Report on vaccination in Madras 1895-1903 - 1895-1903
Year: 1895
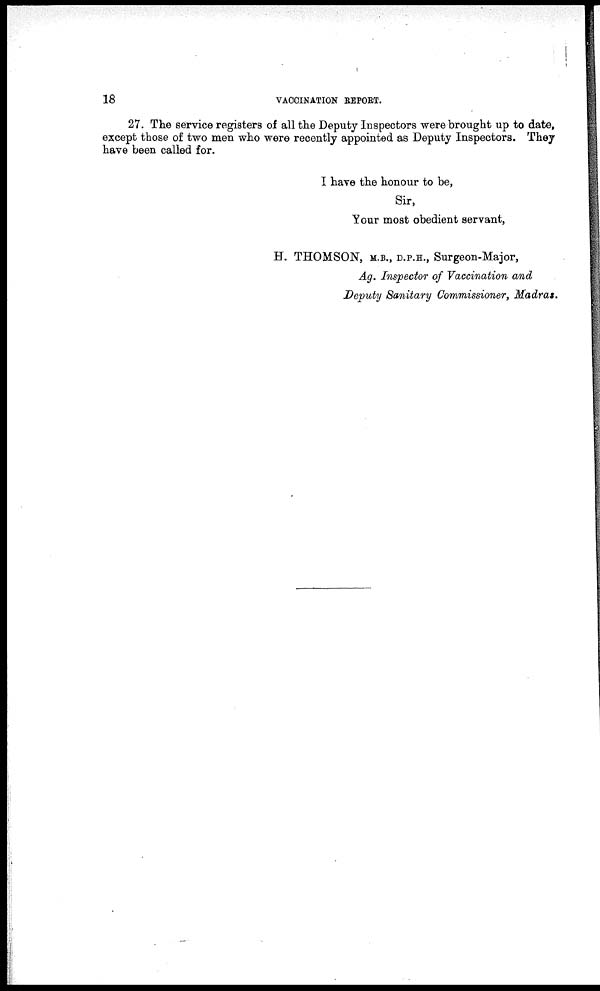
18
VACCINATION REPORT.
27. The service registers of all the Deputy Inspectors were brought up to date,
except those of two men who were recently appointed as Deputy Inspectors. They
have been called for.
I have the honour to be,
Sir,
Your most obedient servant,
H. THOMSON, M.B., D.P.H., Surgeon-Major,
Ag. Inspector of Vaccination and
Deputy Sanitary Commissioner, Madras.